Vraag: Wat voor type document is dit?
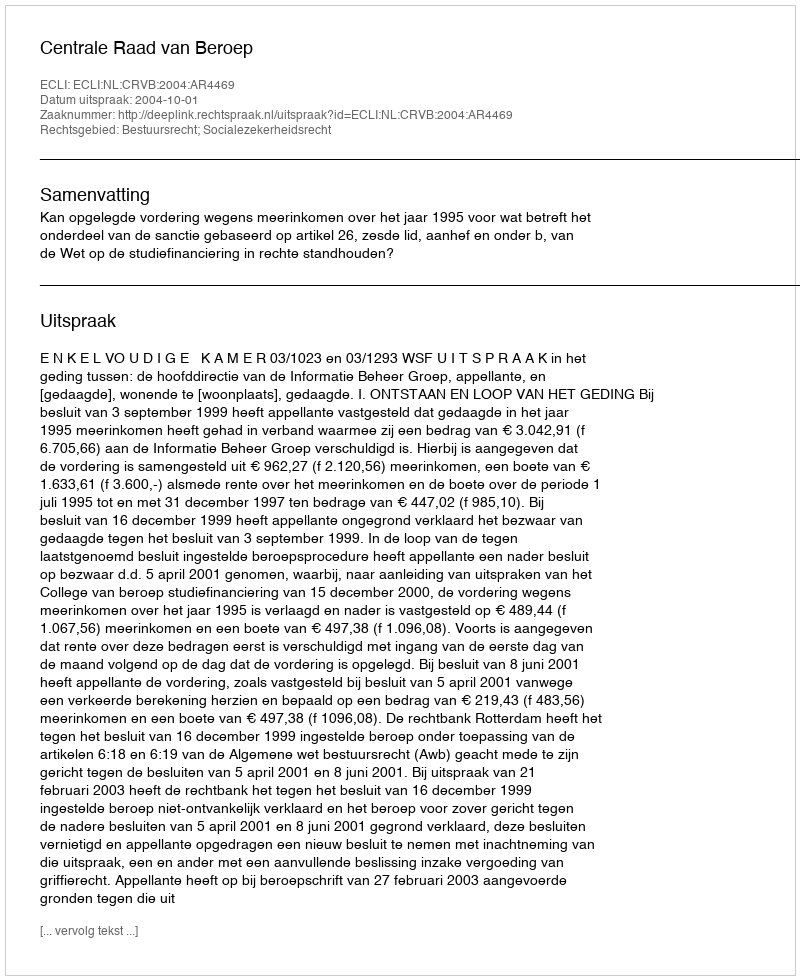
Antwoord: Uitspraak